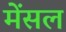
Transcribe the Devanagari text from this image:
मेंसल